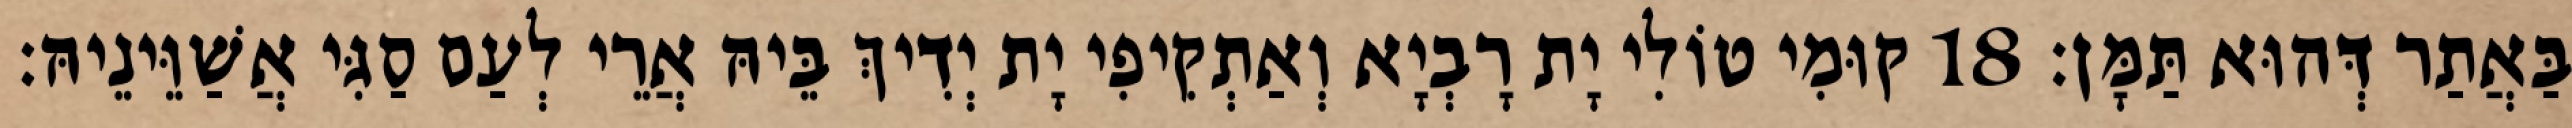
בַּאֲתַר דְּהוּא תַּמָּן׃ 18 קוּמִי טוֹלִי יָת רָבְיָא וְאַתְקִיפִי יָת יְדִיךְ בֵּיהּ אֲרֵי לְעַם סַגִּי אֲשַׁוֵּינֵיהּ׃